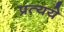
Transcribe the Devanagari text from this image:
प्रत्यये